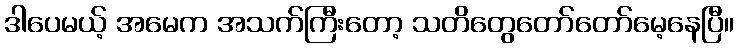
ဒါပေမယ့် အမေက အသက်ကြီးတော့ သတိတွေတော်တော်မေ့နေပြီ။